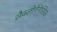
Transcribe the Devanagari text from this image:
सैक्लोगेनेसिस